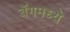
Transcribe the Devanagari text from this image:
बॅगमध्ये